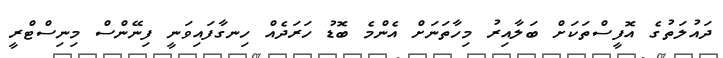
ދައުލަތުގެ އޮފީސްތަކަށް ބަލާއިރު މިހާތަނަށް އެންމެ ބޮޑު ހަރަދެއް ހިނގާފައިވަނީ ފިނޭންސް މިނިސްޓްރީ